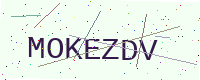
Text: MOKEZDV